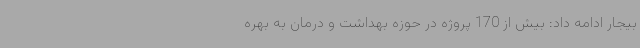
بیجار ادامه داد: بیش از 170 پروژه در حوزه بهداشت و درمان به بهره‌